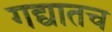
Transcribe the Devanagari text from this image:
गद्यातच